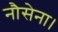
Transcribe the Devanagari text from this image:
नौसेना।